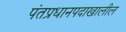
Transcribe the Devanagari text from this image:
पंतप्रधानपदाखालील